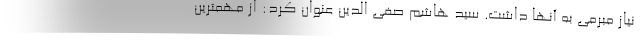
نیاز مبرمی به آنها داشت. سید هاشم صفی الدین عنوان کرد: از مهمترین